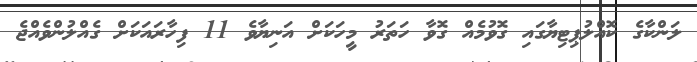
ލަންކާގެ ކޮއްލުޕިޓިޔާގައި ގޮވުމެއް ގޮވާ ހަތަރު މީހަކަށް އަނިޔާވެ 11 ފިހާރައަކަށް ގެއްލުންވެއްޖެ